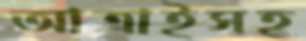
আত্রাইসহ